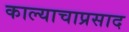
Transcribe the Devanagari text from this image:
काल्याचाप्रसाद